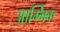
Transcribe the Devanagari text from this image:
आर्म्भिक